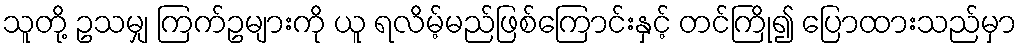
သူတို့ ဥသမျှ ကြက်ဥများကို ယူ ရလိမ့်မည်ဖြစ်ကြောင်းနှင့် တင်ကြို၍ ပြောထားသည်မှာ